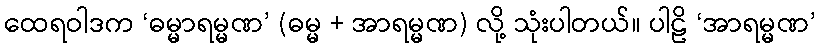
ထေရဝါဒက ‘ဓမ္မာရမ္မဏ’ (ဓမ္မ + အာရမ္မဏ) လို့ သုံးပါတယ်။ ပါဠိ ‘အာရမ္မဏ’